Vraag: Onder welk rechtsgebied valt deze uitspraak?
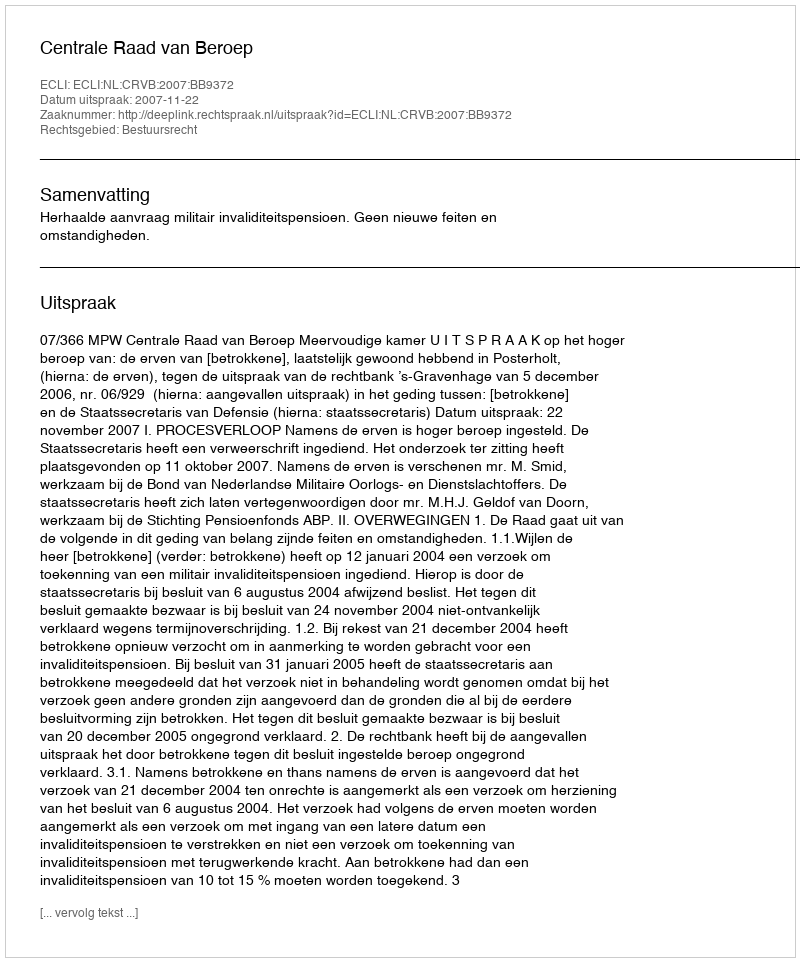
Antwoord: Bestuursrecht